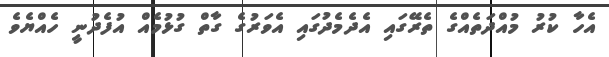
އެހާ ކުރު މުއްދަތެއްގެ ތެރޭގައި އެދެމެދުގައި އެވަރުގެ ގާތް ގުޅުމެއް އުފެދުނީ ހެއްޔެވެ